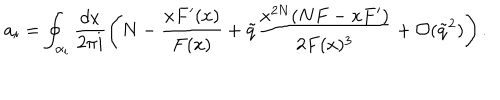
a _ { i } = \oint _ { \alpha _ { i } } \frac { d x } { 2 \pi i } \left( N - \frac { x F ^ { \prime } ( x ) } { F ( x ) } + \tilde { q } \frac { x ^ { 2 N } ( N F - x F ^ { \prime } ) } { 2 F ( x ) ^ { 3 } } + \mathcal { O } ( \tilde { q } ^ { 2 } ) \right) .